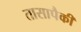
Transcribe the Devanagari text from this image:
तासापैकी